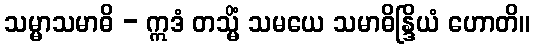
သမ္မာသမာဓိ - ဣဒံ တသ္မိံ သမယေ သမာဓိန္ဒြိယံ ဟောတိ။